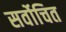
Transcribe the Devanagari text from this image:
सर्वोचित